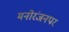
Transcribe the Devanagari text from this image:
मनोरंजनपर